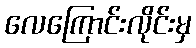
လေကြောင်းလိုင်းမှ